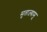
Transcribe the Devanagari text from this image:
सुताज्यामू